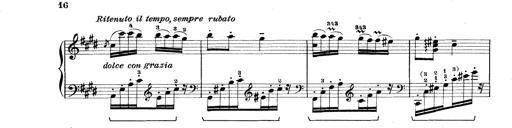
Title: Rapsodie: 19 ungheresi, 1 spagnuola
Composer: Franz Liszt